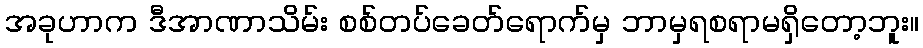
အခုဟာက ဒီအာဏာသိမ်း စစ်တပ်ခေတ်ရောက်မှ ဘာမှရစရာမရှိတော့ဘူး။